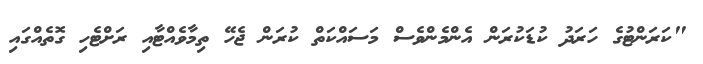
"ކަރަންޓުގެ ހަރަދު ކުޑަކުރަން އެންމެންވެސް މަސައްކަތް ކުރަން ޖެހޭ ތިމާވެއްޓާއި ރަށްޓެހި ގޮތެއްގައި